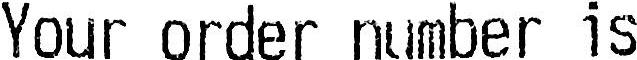
YOUR ORDER NUMBER IS